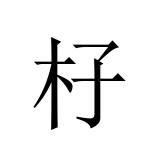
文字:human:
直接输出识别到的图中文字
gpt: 杍